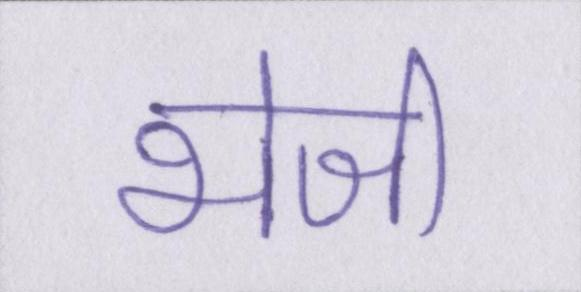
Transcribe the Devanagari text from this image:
भेजी